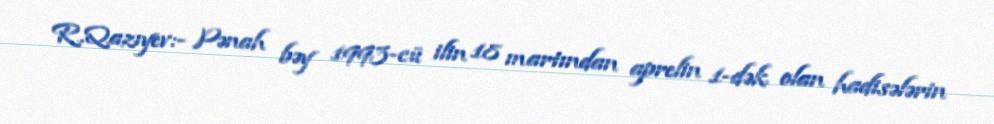
R.Qazıyev:- Pənah bəy 1993-cü ilin 18 martından aprelin 1-dək olan hadisələrin